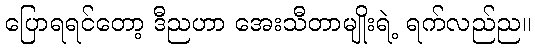
ပြောရရင်တော့ ဒီညဟာ အေးသီတာမျိုးရဲ့ ရက်လည်ည။